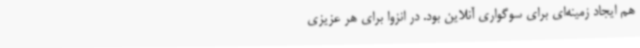
هم ایجاد زمینه‌ای برای سوگواری آنلاین بود. در انزوا برای هر عزیزی